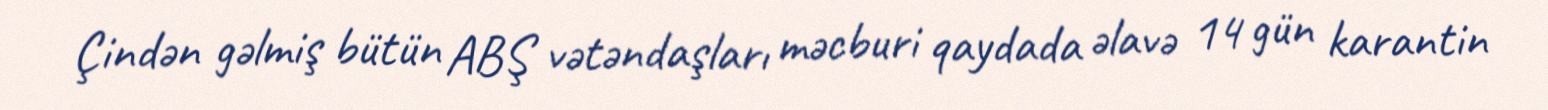
Çindən gəlmiş bütün ABŞ vətəndaşları məcburi qaydada əlavə 14 gün karantin